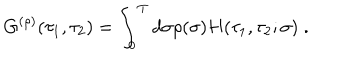
G ^ { ( \rho ) } ( \tau _ { 1 } , \tau _ { 2 } ) = \int _ { 0 } ^ { T } d \sigma \rho ( \sigma ) H ( \tau _ { 1 } , \tau _ { 2 } ; \sigma ) \; .